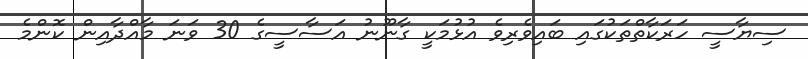
ސިޔާސީ ހަރަކާތްތަކުގައި ބައިވެރިވެ އުޅުމަކީ ގާނޫނު އަސާސީގެ 30 ވަނަ މާއްދާއިން ކޮންމެ